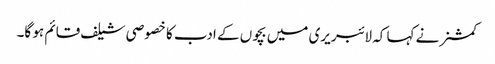
کمشنر نے کہا کہ لائبریری میں بچوں کے ادب کا خصوصی شیلف قائم ہو گا۔